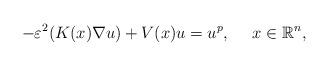
LaTeX: \begin{align*}-\varepsilon^2 (K(x)\nabla u) +V(x)u=u^{p},\ \ \ \ x\in \mathbb{R}^n,\end{align*}